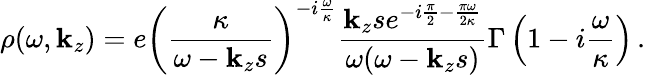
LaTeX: \rho(\omega,\mathbf{k}_{z})=e\left(\frac{{\kappa}}{{\omega-\mathbf{k}_{z}s}}\right)^{-i\frac{{\omega}}{{\kappa}}}\frac{{\mathbf{k}_{z}se^{-i\frac{{\pi}}{{2}}-\frac{{\pi\omega}}{{2\kappa}}}}}{{\omega(\omega-\mathbf{k}_{z}s)}}\Gamma\left(1-i\frac{{\omega}}{{\kappa}}\right)\, .